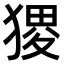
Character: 𤠎